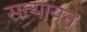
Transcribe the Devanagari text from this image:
सत्यायन